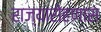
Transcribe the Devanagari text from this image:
राज्यारोहणास